system: You are a helpful assistant.
user:
Analyze the provided spectrum to determine if it is a **S-type Star**.

- **Key Indicators for S-type Star:**

    - **(Overall Spectrum Shape):** The first and most obvious characteristic is the overall continuum (the "baseline" shape). It is **extremely "red-sloping,"** meaning the flux (light intensity) is very low on the left side (blue, ~4000-4500 Å) and rises steeply and continuously toward the right side (red, ~7000 Å+).

    - **(Primary):** The spectrum is defined by the presence of strong, broad molecular absorption "valleys" (bands) from **Zirconium Oxide (ZrO)**. The identification of these bands is the **primary requirement** for classifying a star as S-type.
        - **(Key Bandheads):** You must find distinct, deep "dips" where the light has been absorbed. The most critical band systems to locate are:
            - **~6474 Å** ($\gamma$-system): This is often the strongest and clearest ZrO feature, found in the red part of the spectrum.
            - **~5718 Å** & **~5551 Å** ($\beta$-system): A pair of prominent absorption features in the yellow-orange part of the spectrum.
            - **~4640 Å** ($\alpha$-system): A key absorption band system in the blue-green region of the spectrum.

    - **(Secondary Confirmation):** The classification is strengthened by finding additional absorption bands from other related heavy element oxides, which are expected to be present alongside ZrO.
        - **(Key Bandheads):**
            - **Yttrium Oxide (YO):** Look for absorption dips near **~4800 Å** and **~6100 Å**.
            - **Lanthanum Oxide (LaO):** Additional absorption features, particularly in the red-orange part of the spectrum, are also characteristic.

    - **(Line Profile):** The combination of the steep red continuum and these numerous, deep molecular bands (ZrO, YO, etc.) gives the entire spectrum a very **"chopped-up"** or **"bumpy"** appearance. Instead of a smooth curve, the spectrum looks as though large, wide chunks of light have been "carved out" of it at the specific wavelengths listed above.

Think first, call **spectral_visualization_tool** if needed to examine features in detail, then provide your final answer. Your response must adhere to the following strict rules:
1.  **Overall Structure:** Your response must follow the format `<think>...</think> <tool_call>...</tool_call> (if a tool is used) <answer>...</answer>`.
2.  **Tool Usage Constraint:** You may only make **one** tool call per turn.
3.  **Final Answer Format:** In the `<answer>` tag, your conclusion must be inside a `\boxed{}` command (e.g., `\boxed{YES}` or `\boxed{NO}`), followed by your justification.

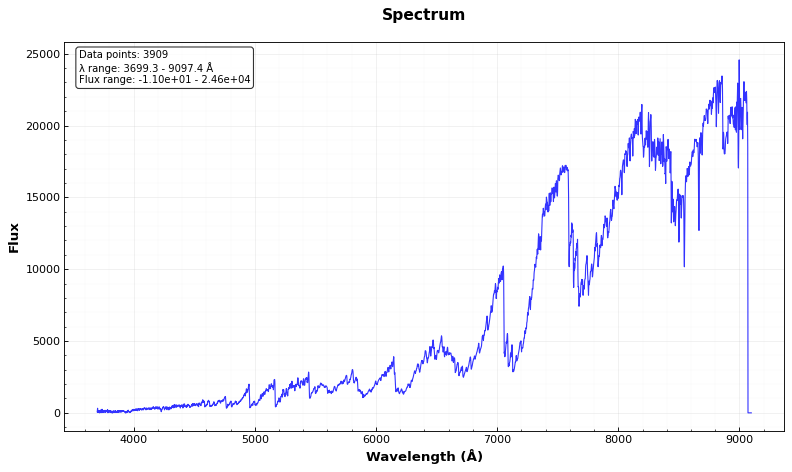
Answer: YES